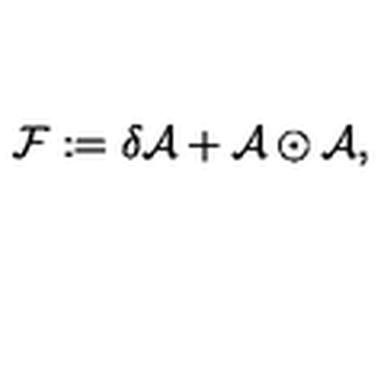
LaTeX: { \cal F } : = \delta { \cal A } + { \cal A } \odot { \cal A } ,